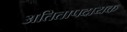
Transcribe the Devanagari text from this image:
अतितापदायक